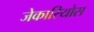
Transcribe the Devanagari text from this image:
जेकारियोस